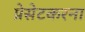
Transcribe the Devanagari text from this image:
प्रेसेटकरना